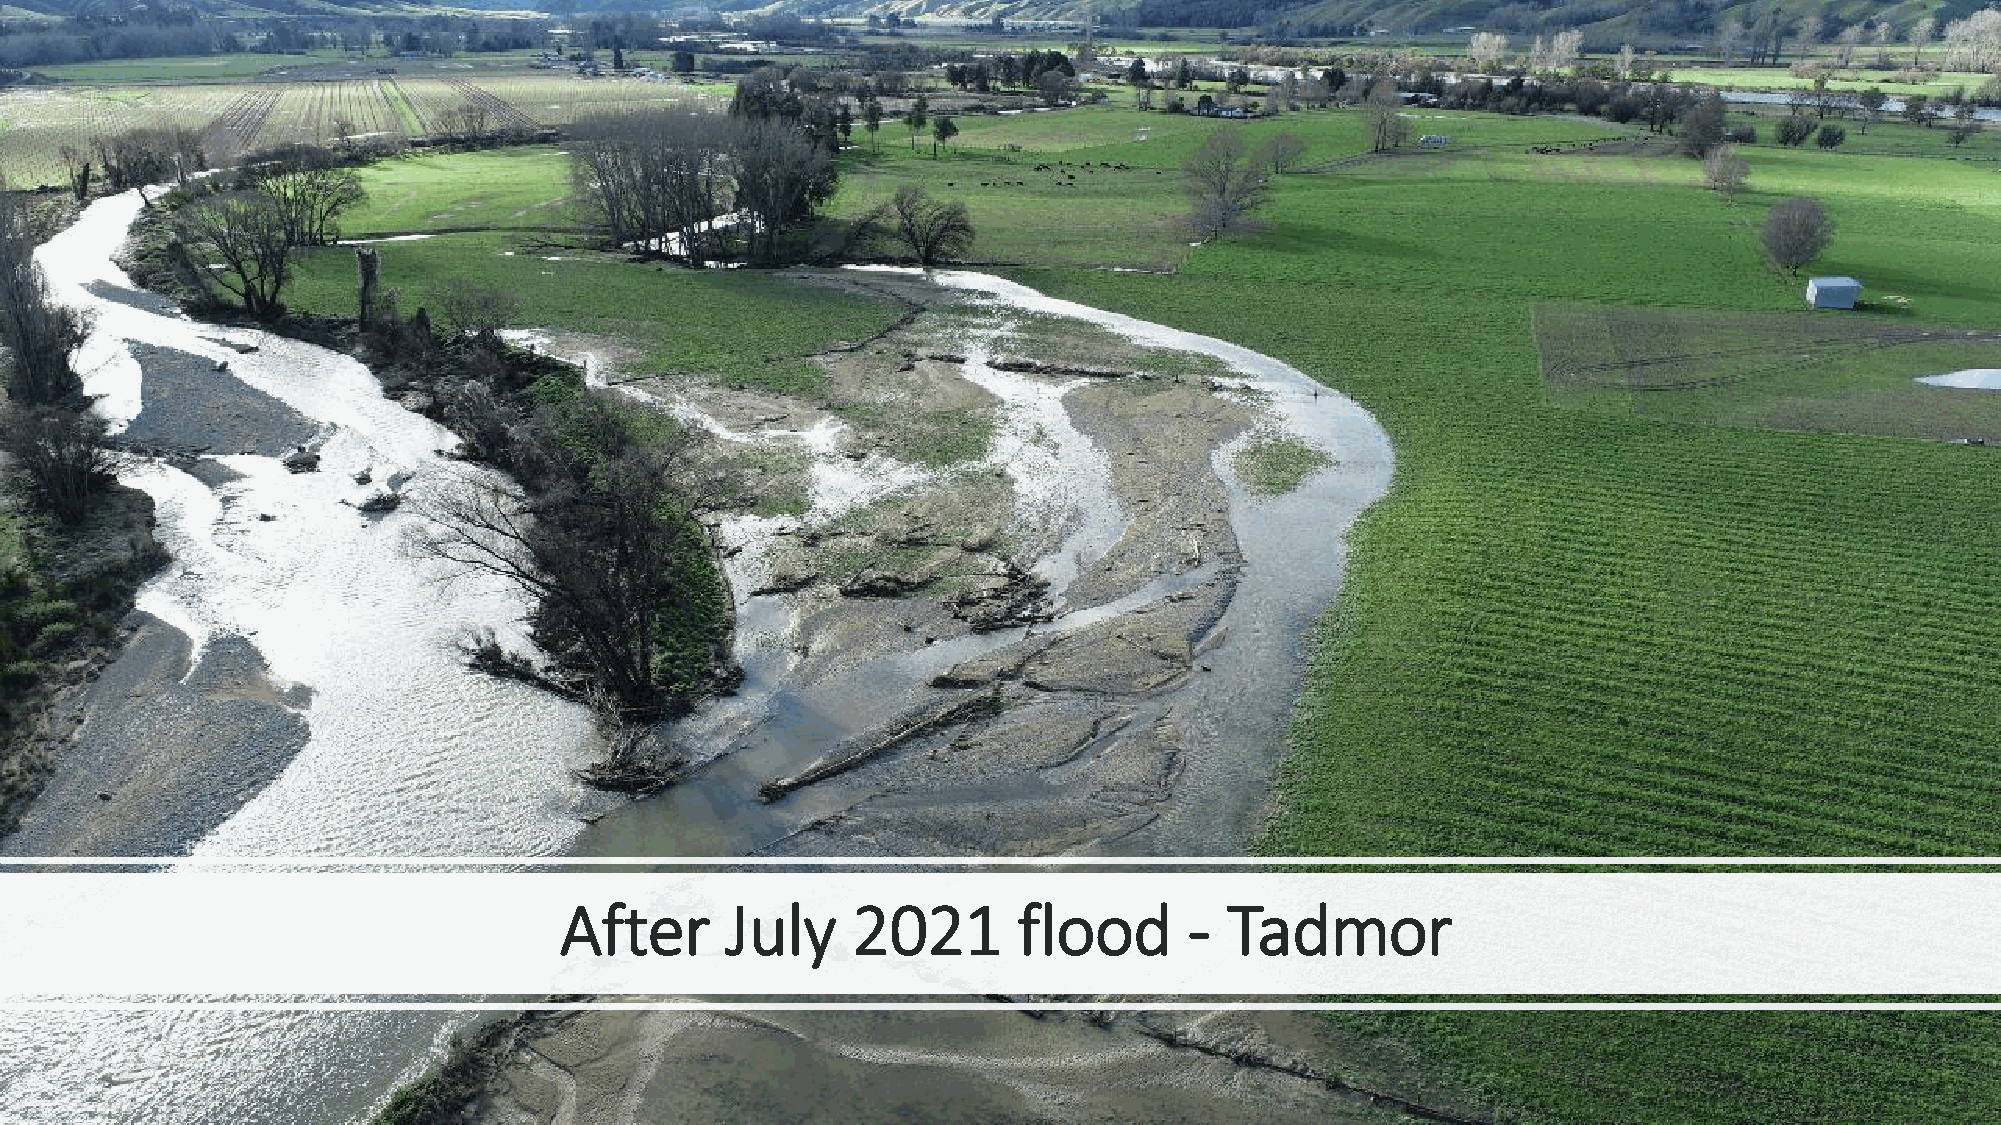
After      July    2021       flood       - Tadmor